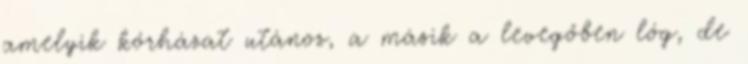
amelyik kórhá­zat utánoz, a másik a levegőben lóg, de